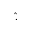
\hat { . }